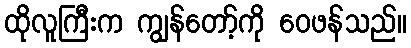
ထိုလူကြီးက ကျွန်တော့်ကို ဝေဖန်သည်။